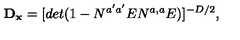
{ \bf D _ { x } } = [ d e t ( 1 - N ^ { a ^ { \prime } a ^ { \prime } } E N ^ { a , a } E ) ] ^ { - D / 2 } , \,